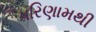
પરિણામથી